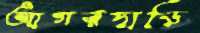
আগরদাড়ি